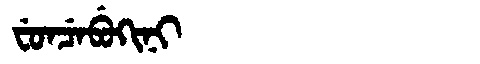
Manchu: ᠸᡠᠨᠴᡝᠪᡠᡴᡳᠨᡳ
Romanization: FUNCEBUKINI